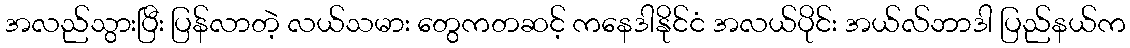
အလည်သွားပြီး ပြန်လာတဲ့ လယ်သမား တွေကတဆင့် ကနေဒါနိုင်ငံ အလယ်ပိုင်း အယ်လ်ဘာဒါ ပြည်နယ်က